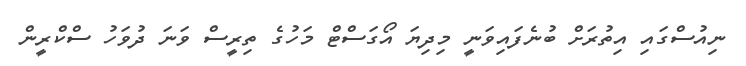
ނިއުސްގައި އިތުރަށް ބުނެފައިވަނީ މިދިޔަ އޯގަސްޓް މަހުގެ ތިރީސް ވަނަ ދުވަހު ސްކްރީން